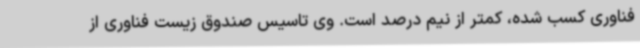
فناوری کسب شده، کمتر از نیم درصد است. وی تاسیس صندوق زیست فناوری از